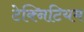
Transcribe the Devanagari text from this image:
टेक्निटियम